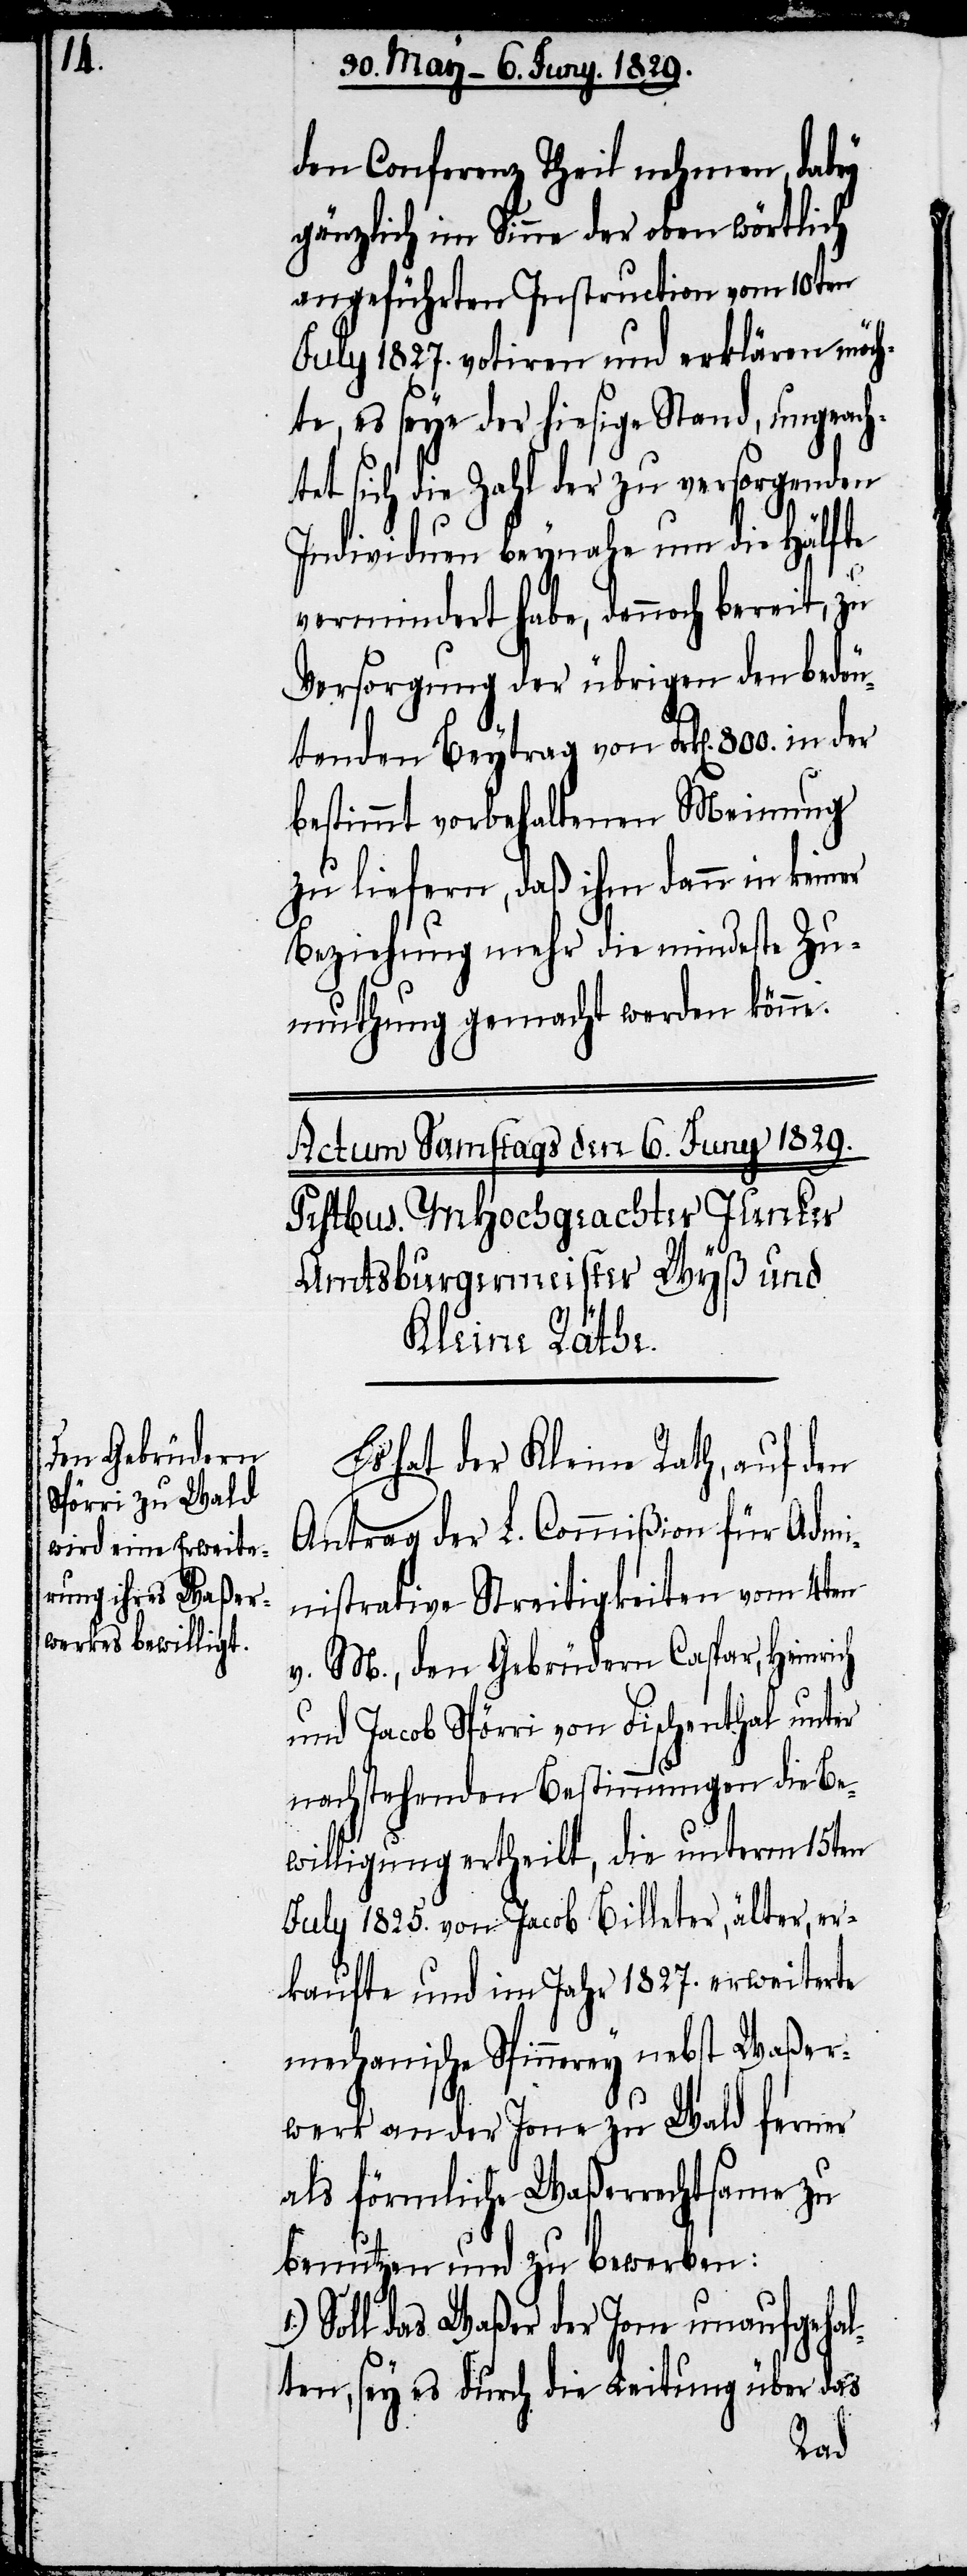
den Conferenz Theil nehmen, dabey
gänzlich im Sinne der oben wörtlich
angeführten Instruction vom 10ten
July 1827. votiren und erklären möch¬
te, es seye der hiesige Stand, ungeach¬
tet sich die Zahl der zu versorgenden
Individuen beynahe um die Hälfte
vermindert habe, dennoch bereit, zu
Versorgung der übrigen den bedeu¬
tenden Beytrag von Frk[en]. 800. in
bestimmt vorbehaltenen Meinung
zu liefern, daß ihm dann in keiner
Beziehung mehr die mindeste Zu¬
muthung gemacht werden könne.
Es hat der Kleine Rath, auf den
Antrag der L. Commißion für Admi¬
nistrative Streitigkeiten vom 4ten
v. M., den Gebrüdern Caspar, Heinrich
und Jacob Spörri von Fischenthal unter
nachstehenden Bestimmungen die Be¬
willigung ertheilt, die unterm 15ten
July 1815. von Jacob Billeter, älter, ver¬
kaufte und im Jahr 1827. erweiterte
mechanische Spinnerey nebst Waßer¬
werk an der Jone zu Wald ferner
als förmliche Waßerrechtsame zu
benutzen und zu bewerben:
Soll das Waßer der Jone unaufgehal¬
ten, sey es durch die Leitung über das